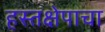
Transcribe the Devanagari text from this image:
हस्तक्षेपाचा